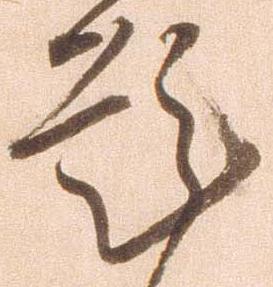
題